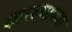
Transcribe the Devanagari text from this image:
कारल्याच्या